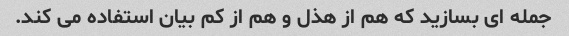
جمله ای بسازید که هم از هذل و هم از کم بیان استفاده می کند.